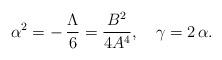
LaTeX: \begin{align*}\alpha^2 = -\,\frac{\Lambda}{6} = \frac{B^2}{4A^4} , \ \ \ \gamma = 2\,\alpha .\end{align*}